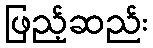
ဖြည့်ဆည်း